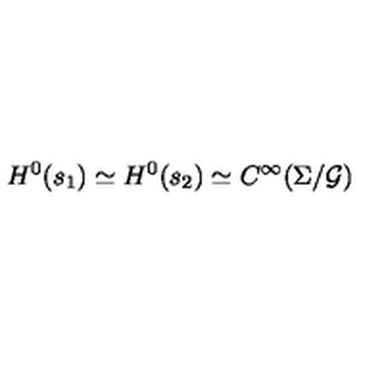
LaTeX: H ^ { 0 } ( s _ { 1 } ) \simeq H ^ { 0 } ( s _ { 2 } ) \simeq C ^ { \infty } ( \Sigma / { \cal G } )